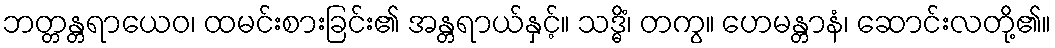
ဘတ္တန္တရာယေဝ၊ ထမင်းစားခြင်း၏ အန္တရာယ်နှင့်။ သဒ္ဓိံ၊ တကွ။ ဟေမန္တာနံ၊ ဆောင်းလတို့၏။